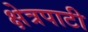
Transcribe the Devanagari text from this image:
क्षेत्रपाटी